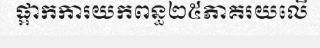
ផ្អាកការយកពន្ធ២៥ភាគរយលើ